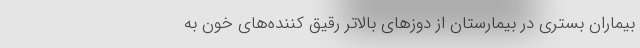
بیماران بستری در بیمارستان از دوزهای بالاتر رقیق کننده‌های خون به